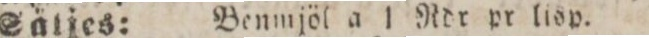
Sätjes:    Benmjöl a 1 Rdr pr lisp.